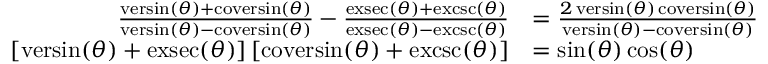
{ \begin{array} { r l } { { \frac { \operatorname { v e r s i n } ( \theta ) + \operatorname { c o v e r s i n } ( \theta ) } { \operatorname { v e r s i n } ( \theta ) - \operatorname { c o v e r s i n } ( \theta ) } } - { \frac { \operatorname { e x s e c } ( \theta ) + \operatorname { e x c s c } ( \theta ) } { \operatorname { e x s e c } ( \theta ) - \operatorname { e x c s c } ( \theta ) } } } & { = { \frac { 2 \operatorname { v e r s i n } ( \theta ) \operatorname { c o v e r s i n } ( \theta ) } { \operatorname { v e r s i n } ( \theta ) - \operatorname { c o v e r s i n } ( \theta ) } } } \\ { [ \operatorname { v e r s i n } ( \theta ) + \operatorname { e x s e c } ( \theta ) ] \, [ \operatorname { c o v e r s i n } ( \theta ) + \operatorname { e x c s c } ( \theta ) ] } & { = \sin ( \theta ) \cos ( \theta ) } \end{array} }